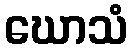
ဃောသံ